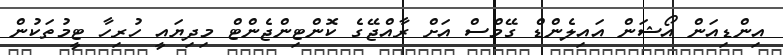
އިންޑިއަން އޯޝަން އައިލެންޑް ގޭމްސް އަށް ރާއްޖޭގެ ކޮންޓިންޖެންޓް މިދިޔައީ ހުރިހާ ޓީމުތަކުން